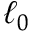
\ell _ { 0 }